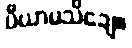
ပီယာမသိချေ။